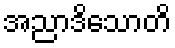
အညာဒိသောတိ